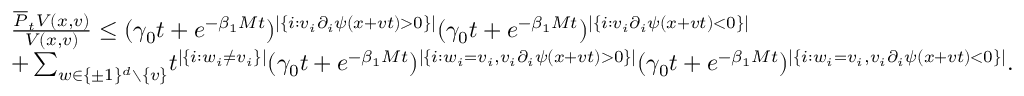
\begin{array} { r l } & { \frac { \overline { { P } } _ { t } V ( x , v ) } { V ( x , v ) } \leq ( \gamma _ { 0 } t + e ^ { - \beta _ { 1 } M t } ) ^ { \lvert \{ i : v _ { i } \partial _ { i } \psi ( x + v t ) > 0 \} \rvert } ( \gamma _ { 0 } t + e ^ { - \beta _ { 1 } M t } ) ^ { \lvert \{ i : v _ { i } \partial _ { i } \psi ( x + v t ) < 0 \} \rvert } } \\ & { + \sum _ { w \in \{ \pm 1 \} ^ { d } \setminus \{ v \} } \! t ^ { | \{ i : w _ { i } \neq v _ { i } \} | } ( \gamma _ { 0 } t + e ^ { - \beta _ { 1 } M t } ) ^ { \lvert \{ i : w _ { i } = v _ { i } , v _ { i } \partial _ { i } \psi ( x + v t ) > 0 \} \rvert } ( \gamma _ { 0 } t + e ^ { - \beta _ { 1 } M t } ) ^ { \lvert \{ i : w _ { i } = v _ { i } , v _ { i } \partial _ { i } \psi ( x + v t ) < 0 \} \rvert } . } \end{array}